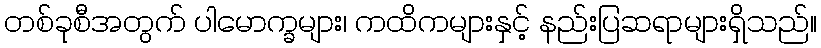
တစ်ခုစီအတွက် ပါမောက္ခများ၊ ကထိကများနှင့် နည်းပြဆရာများရှိသည်။